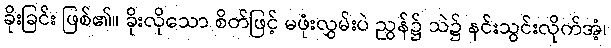
ခိုးခြင်း ဖြစ်၏။ ခိုးလိုသော စိတ်ဖြင့် မဖုံးလွှမ်းပဲ ညွန်၌ သဲ၌ နင်းသွင်းလိုက်အံ့၊